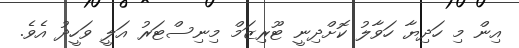
އިން މި ހަދިޔާ ހަވާލު ކޮށްދިނީ ޓޫރިޒަމް މިނިސްޓަރު އަލީ ވަހީދު އެވެ.